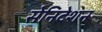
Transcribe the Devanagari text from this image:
सेनिटेशन